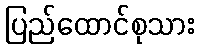
ပြည်ထောင်စုသား